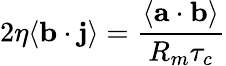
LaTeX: {\displaystyle 2\eta\mathbf{\left\langle b\cdot j\right\rangle}=\frac{\left\langle\mathbf{a}\cdot\mathbf{b}\right\rangle}{R_{m}\tau_{c}}}